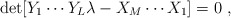
\begin{align*}\det[Y_{1}\cdots Y_L\lambda-X_{M}\cdots X_1]=0\ ,\end{align*}